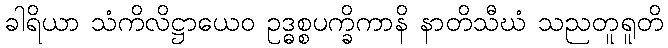
ခါရိယာ သံကိလိဋ္ဌာယေဝ ဥဒ္ဓစ္စပက္ခိကာနိ နာတိသီဃံ သညတူရူတိ